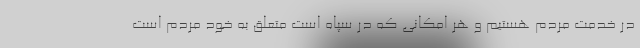
در خدمت مردم هستیم و هر امکانی که در سپاه است متعلق به خود مردم است